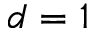
d = 1